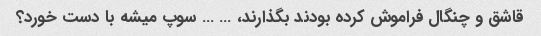
قاشق و چنگال فراموش کرده بودند بگذارند، … … سوپ میشه با دست خورد؟